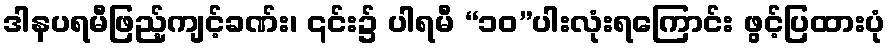
ဒါနပရမီဖြည့်ကျင့်ခဏ်း၊ ၎င်း၌ ပါရမီ “၁၀”ပါးလုံးရကြောင်း ဖွင့်ပြထားပုံ